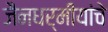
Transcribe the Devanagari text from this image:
जैनधर्मीयांचे